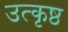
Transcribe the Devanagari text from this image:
उत्‍कृष्ठ